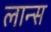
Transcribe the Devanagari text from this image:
लान्‍स